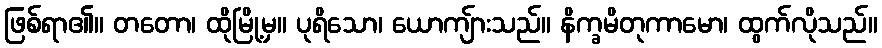
ဖြစ်ရာ၏။ တတော၊ ထိုမြို့မှ။ ပုရိသော၊ ယောကျ်ားသည်။ နိက္ခမိတုကာမော၊ ထွက်လိုသည်။